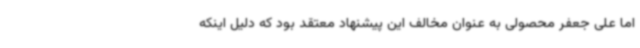
اما علی جعفر محصولی به عنوان مخالف این پیشنهاد معتقد بود که دلیل اینکه